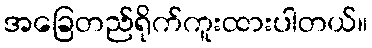
အခြေတည်ရိုက်ကူးထားပါတယ်။